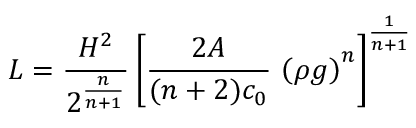
L = \frac { H ^ { 2 } } { 2 ^ { \frac { n } { n + 1 } } } \left[ \frac { 2 { \cal A } } { ( n + 2 ) c _ { 0 } } \, \left( \rho g \right) ^ { n } \right] ^ { \frac { 1 } { n + 1 } }